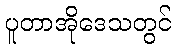
ပူတာအိုဒေသတွင်